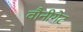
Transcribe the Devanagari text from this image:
वौनीगेट